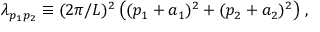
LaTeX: \lambda _ { p _ { 1 } p _ { 2 } } \equiv ( 2 \pi / L ) ^ { 2 } \, \big ( ( p _ { 1 } + a _ { 1 } ) ^ { 2 } + ( p _ { 2 } + a _ { 2 } ) ^ { 2 } \big ) \; ,